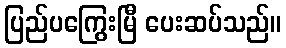
ပြည်ပကြွေးမြီ ပေးဆပ်သည်။